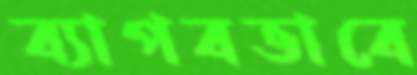
ব্যাপবভাবে